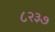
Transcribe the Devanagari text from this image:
८२३७